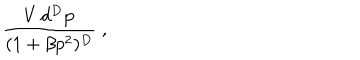
\frac { V \, d ^ { D } \mathbf { p } } { ( 1 + \beta p ^ { 2 } ) ^ { D } } \; ,